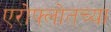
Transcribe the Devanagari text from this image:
एरोफ्लोतच्या